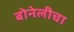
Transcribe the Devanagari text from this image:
बोनेलीचा